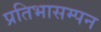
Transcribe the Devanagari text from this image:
प्रतिभासम्पन